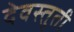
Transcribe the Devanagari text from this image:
देवस्तुती